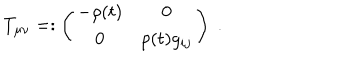
T _ { \mu \nu } = : \left( \begin{array} { c c } { { - \rho ( t ) } } & { { 0 } } \\ { { 0 } } & { { p ( t ) g _ { i j } } } \\ \end{array} \right) \; .